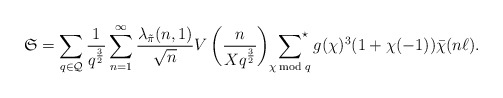
\begin{align*}\mathfrak{S}=\sum_{q\in\mathcal{Q}}\frac{1}{q^{\frac{3}{2}}}\sum_{n=1}^\infty \frac{\lambda_{\tilde\pi}(n,1)}{\sqrt{n}}V\left(\frac{n}{Xq^{\frac{3}{2}}}\right)\sideset{}{^\star}\sum_{\chi\bmod{q}}g(\chi)^3(1+\chi(-1))\bar\chi(n\ell).\end{align*}